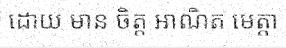
ដោយ មាន ចិត្ត អាណិត មេត្តា